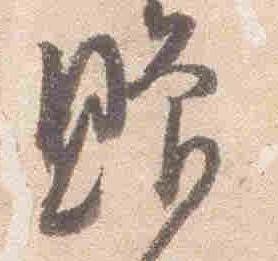
贈